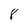
Character: 8